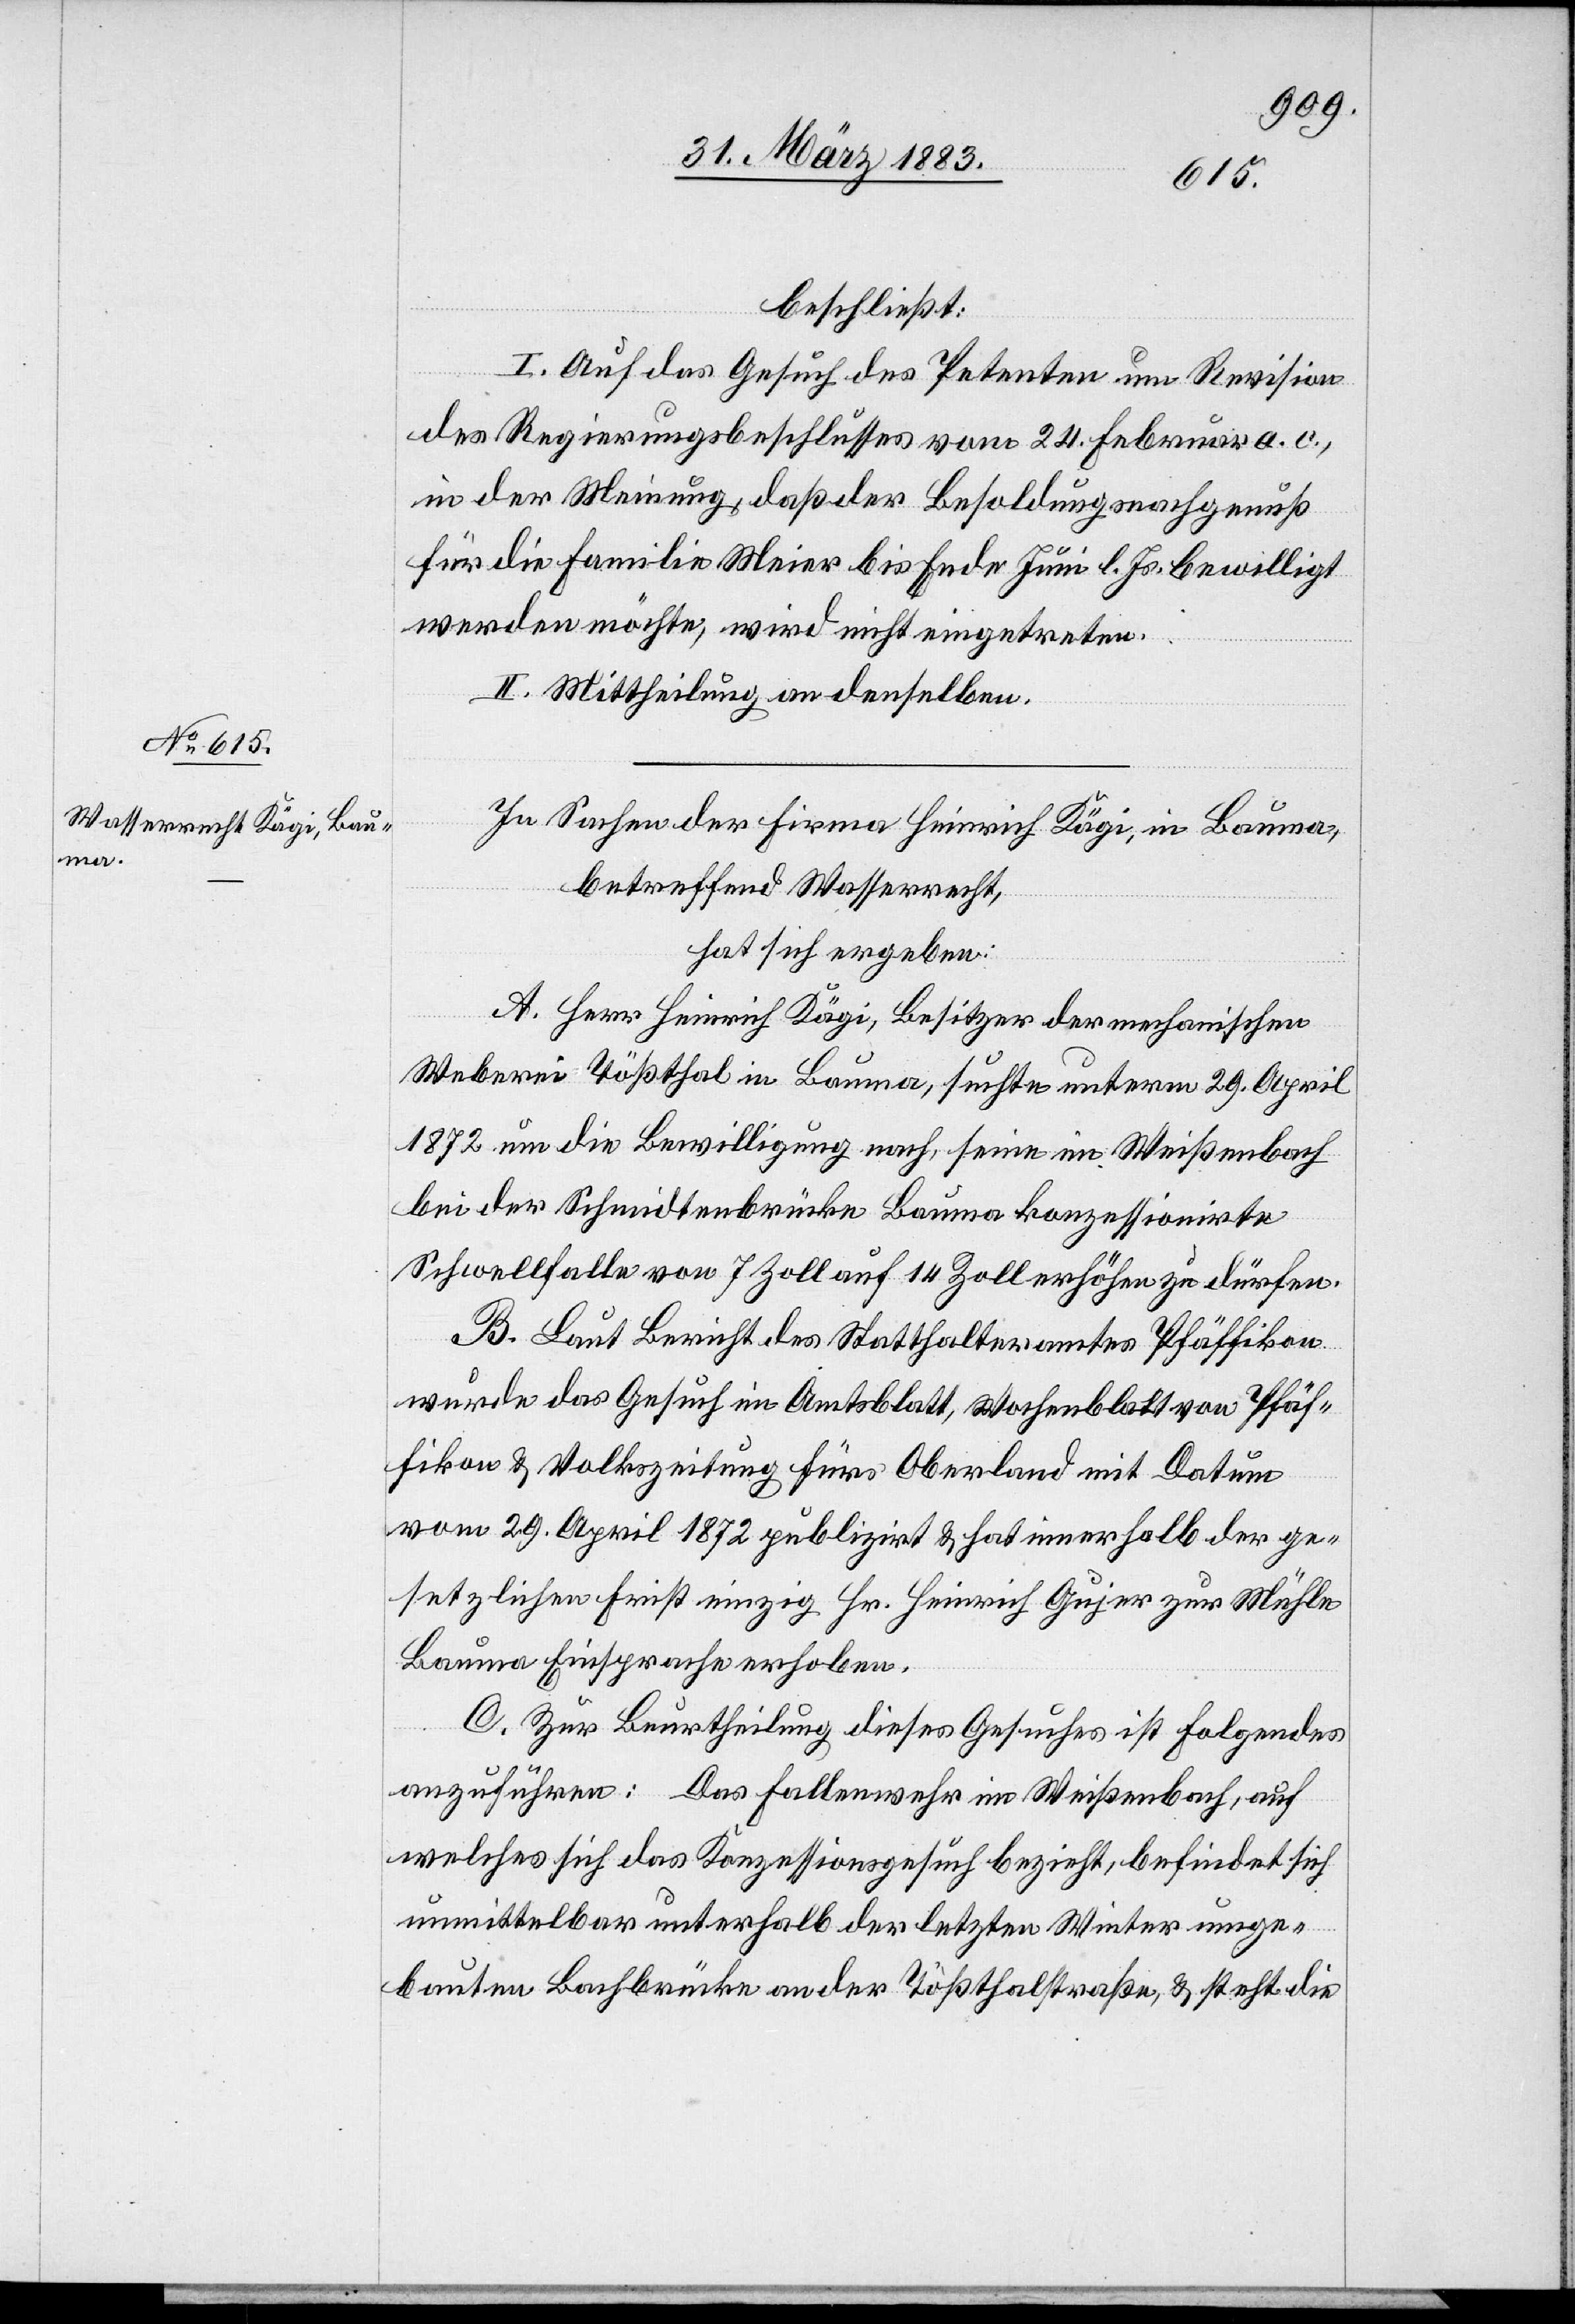
beschließt:
I. Auf das Gesuch des Petenten um Revision
des Regierungsbeschlusses vom 24. Februar a. c.,
in der Meinung, daß der Besoldungsnachgenuß
für die Familie Meier bis Ende Juni l. Js. bewilligt
werden möchte, wird nicht eingetreten.
II. Mittheilung an denselben.
In Sachen der Firma Heinrich Kägi, in Bauma,
betreffend Wasserrecht,
hat sich ergeben:
A. Herr Heinrich Kägi, Besitzer der mechanischen
Weberei Tößthal in Bauma, suchte unterm 29. April
1872 um die Bewilligung nach, seine im Weißenbach
bei der Schmidtenbrücke Bauma konzessionirte
Schwellfalle von 7 Zoll auf 14 Zoll erhöhen zu dürfen.
B. Laut Bericht des Statthalteramtes Pfäffikon
wurde das Gesuch im Amtsblatt, Wochenblatt von Pfäf¬
fikon & Volkszeitung fürs Oberland mit Datum
vom 29. April 1872 publizirt & hat innerhalb der ge¬
setzlichen Frist einzig Hr. Heinrich Gujer zur Mühle
Bauma Einsprache erhoben.
C. Zur Beurtheilung dieses Gesuches ist Folgendes
anzuführen: Das Fallenwehr im Weißenbach, auf
welches sich das Konzessionsgesuch bezieht, befindet sich
unmittelbar unterhalb der letzten Winter umge¬
bauten Bachbrücke an der Tößthalstraße, & steht die